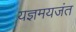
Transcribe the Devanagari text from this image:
यज्ञमयजंत